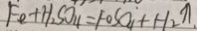
F e + H _ { 2 } S O _ { 4 } = F o S O _ { 4 } + H _ { 2 } \uparrow .